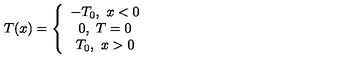
T ( x ) = \left\{ \begin{array} { c c c } { - T _ { 0 } , \ x < 0 } \\ { 0 , \ T = 0 } \\ { T _ { 0 } , \ x > 0 } \\ \end{array} \right.